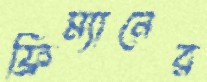
ফ্রিম্যানের